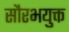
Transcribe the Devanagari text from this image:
सौरभयुक्त